Leaving Certificate Examination (including Day School Certificate (Higher) General paper), 1927
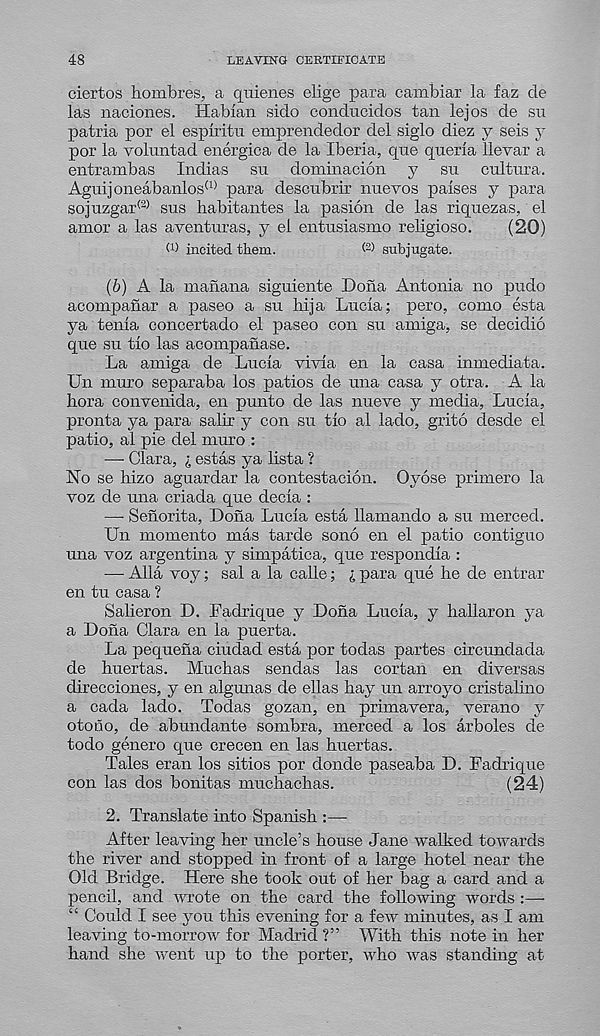
48
LEAVING CERTIFICATE
ciertos hombres, a qiiienes elige para cambiar la faz de
las naciones. Hablan sido condncidos tan lejos de su
patria por el esplritn emprendedor del siglo diez y seis v
por la voluntad energica de la Iberia, que qneria llevar a
entrambas Indias su dominacion y su cultura.
Aguijoneabanlos (1) para deseubrir nuevos palses y para
sojnzgar (2) sus habitantes la pasion de las riquezas, el
amor a las aventuras, y el entusiasmo religiose.
(20)
W incited them.
(2) subjugate.
(6) A la manana siguiente Dona Antonia no pudo
acompanar a paseo a su hija Lucia; pero, como esta
ya tenia concertado el paseo con su amiga, se decidio
que su tio las acompanase.
La amiga de Lucia vivia en la casa inmediata.
Un muro separaba los patios de una casa y otra. A la
bora convenida, en punto de las nueve y media, Lucia,
pronta ya para salir y con su tio al lado, grito desde el
patio, al pie del muro :
—■ Clara, i estas ya lista ?
No se hizo aguardar la contestacion. Oyose primero la
voz de una criada que decia :
— Senorita, Dona Lucia esta llamando a su merced.
Un momento mas tarde sono en el patio contiguo
una voz argentina y simpatica, que respondia :
— Alla voy; sal a la calle; I para que lie de entrar
en tu casa ?
Salieron D. Fadrique y Dona Lucia, y liallaron ya
a Dona Clara en la puerta.
La pequena ciudad esta por todas partes circundada
de buertas. Mucbas sendas las cortan en diversas
direcciones, y en algunas de ellas hay un arroyo cristalino
a cada lado. Todas gozan, en primavera, verano y
otono, de abundante sombra, merced a los arboles de
todo genero que crecen en las huertas.
Tales eran los sitios por donde paseaba D. Fadrique
con las dos bonitas muchachas.
(24)
2. Translate into Spanish :—•
After leaving her uncle’s house Jane walked towards
the river and stopped in front of a large hotel near the
Old Bridge. Here she took out of her bag a card and a
pencil, and wrote on the card the following words :—-
“ Could I see you this evening for a few minutes, as I am
leaving to-morrow for Madrid?” With this note in her
hand she went up to the porter, who was standing at